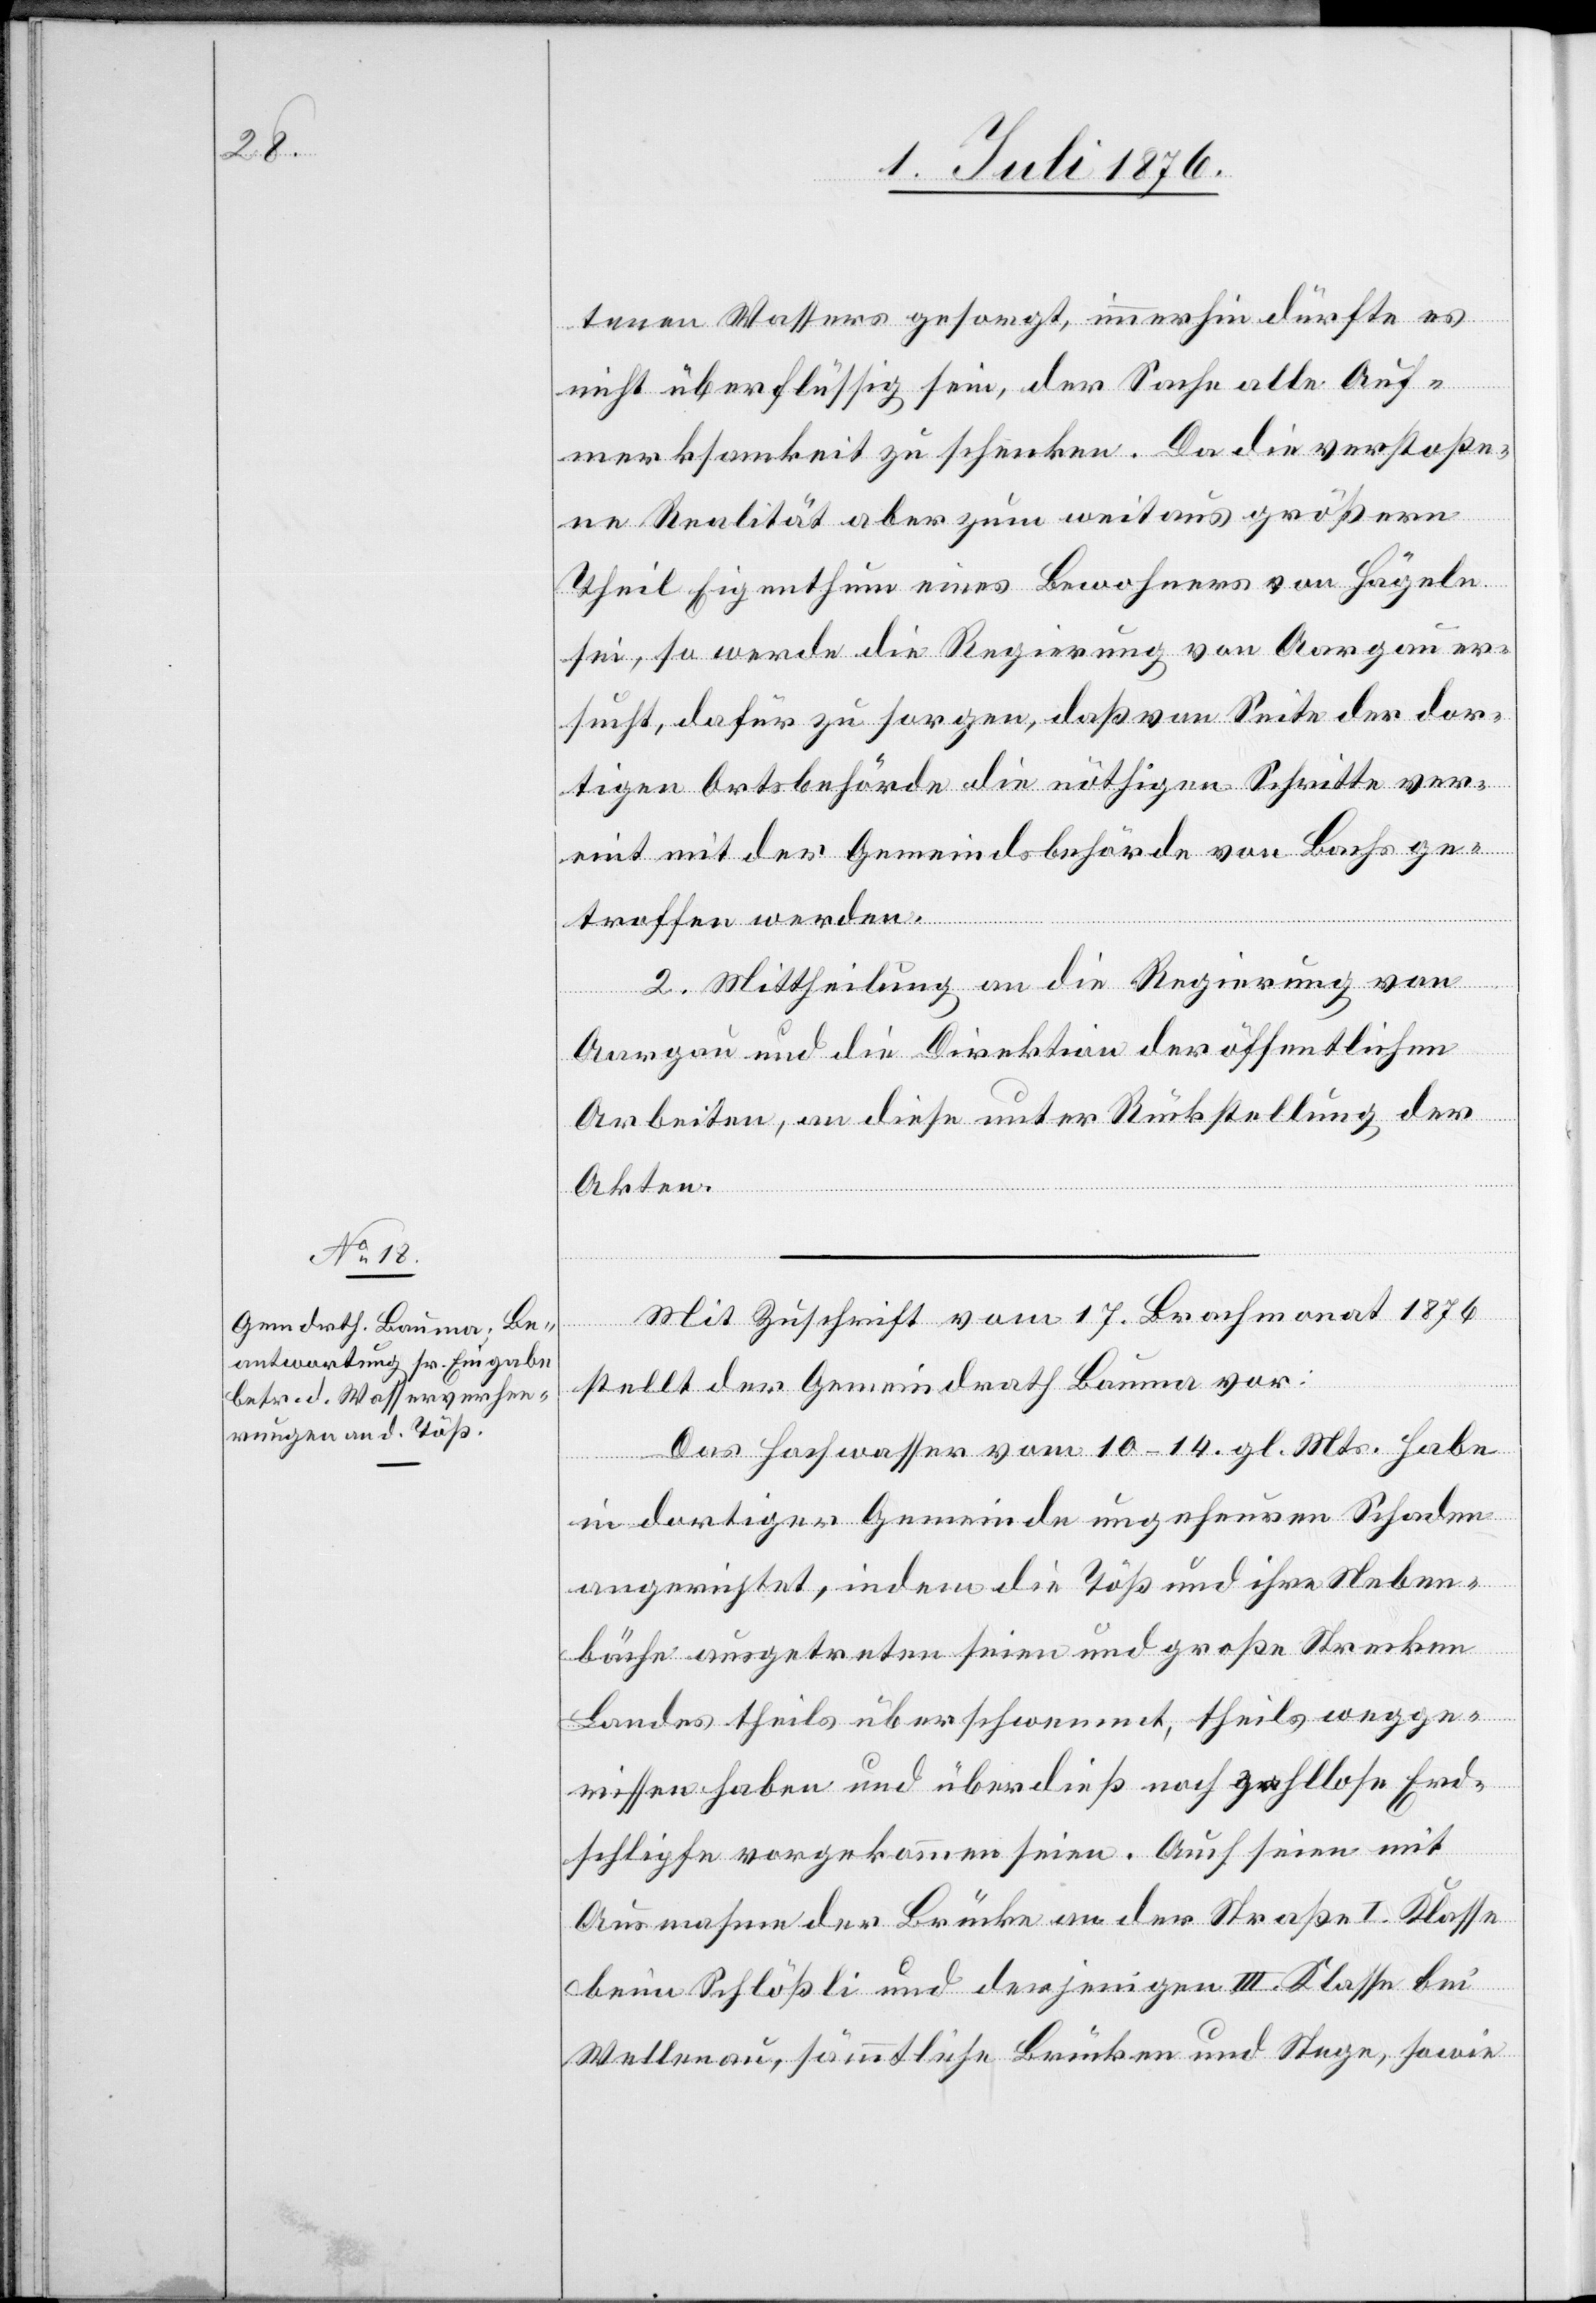
tenen Wassers gesorgt, immerhin dürfte es
nicht überflüssig sein, der Sache alle Auf¬
merksamkeit zu schenken. Da die verstoße¬
ne Realität aber zum weitaus größern
Theil Eigenthum eines Bewohners von Hügeln
sei, so werde die Regierung von Aargau er¬
sucht, dafür zu sorgen, das von Seite der dor¬
tigen Ortsbehörde die nöthigen Schritte ver¬
eint mit der Gemeindsbehörde von Bachs ge¬
troffen werden.
2. Mittheilung an die Regierung von
Aargau und die Direktion der öffentlichen
Arbeiten, an diese unter Rückstellung der
Akten.
Mit Zuschrift vom 17. Brachmonat 1876
stellt der Gemeindrath Bauma vor:
Das Hochwasser vom 10.–14. gl. Mts. habe
in dortiger Gemeinde ungeheuren Schaden
angerichtet, indem die Töß und ihre Neben¬
bäche ausgetreten seien und große Strecken
Landes theils überschwemmt, theils wegge¬
rissen haben und überdieß noch zahllose Erd¬
schlipfe vorgekommen seien. Auch seien mit
Ausnahme der Brücke an der Straße I. Klasse
beim Schlößli und derjenigen III. Klasse bei
Wellenau, sämmtliche Brücken und Stege, sowie